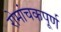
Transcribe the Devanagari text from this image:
रोमांचकपूर्ण